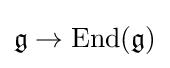
{\mathfrak {g}}\to \mathrm {End} ({\mathfrak {g}})